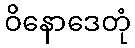
ဝိနောဒေတုံ